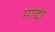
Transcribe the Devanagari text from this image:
मांदा